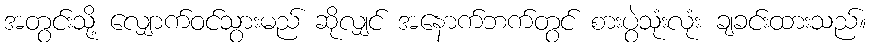
အတွင်းသို့ လျှောက်ဝင်သွားမည် ဆိုလျှင် အနောက်ဘက်တွင် စားပွဲသုံးလုံး ချခင်းထားသည်။